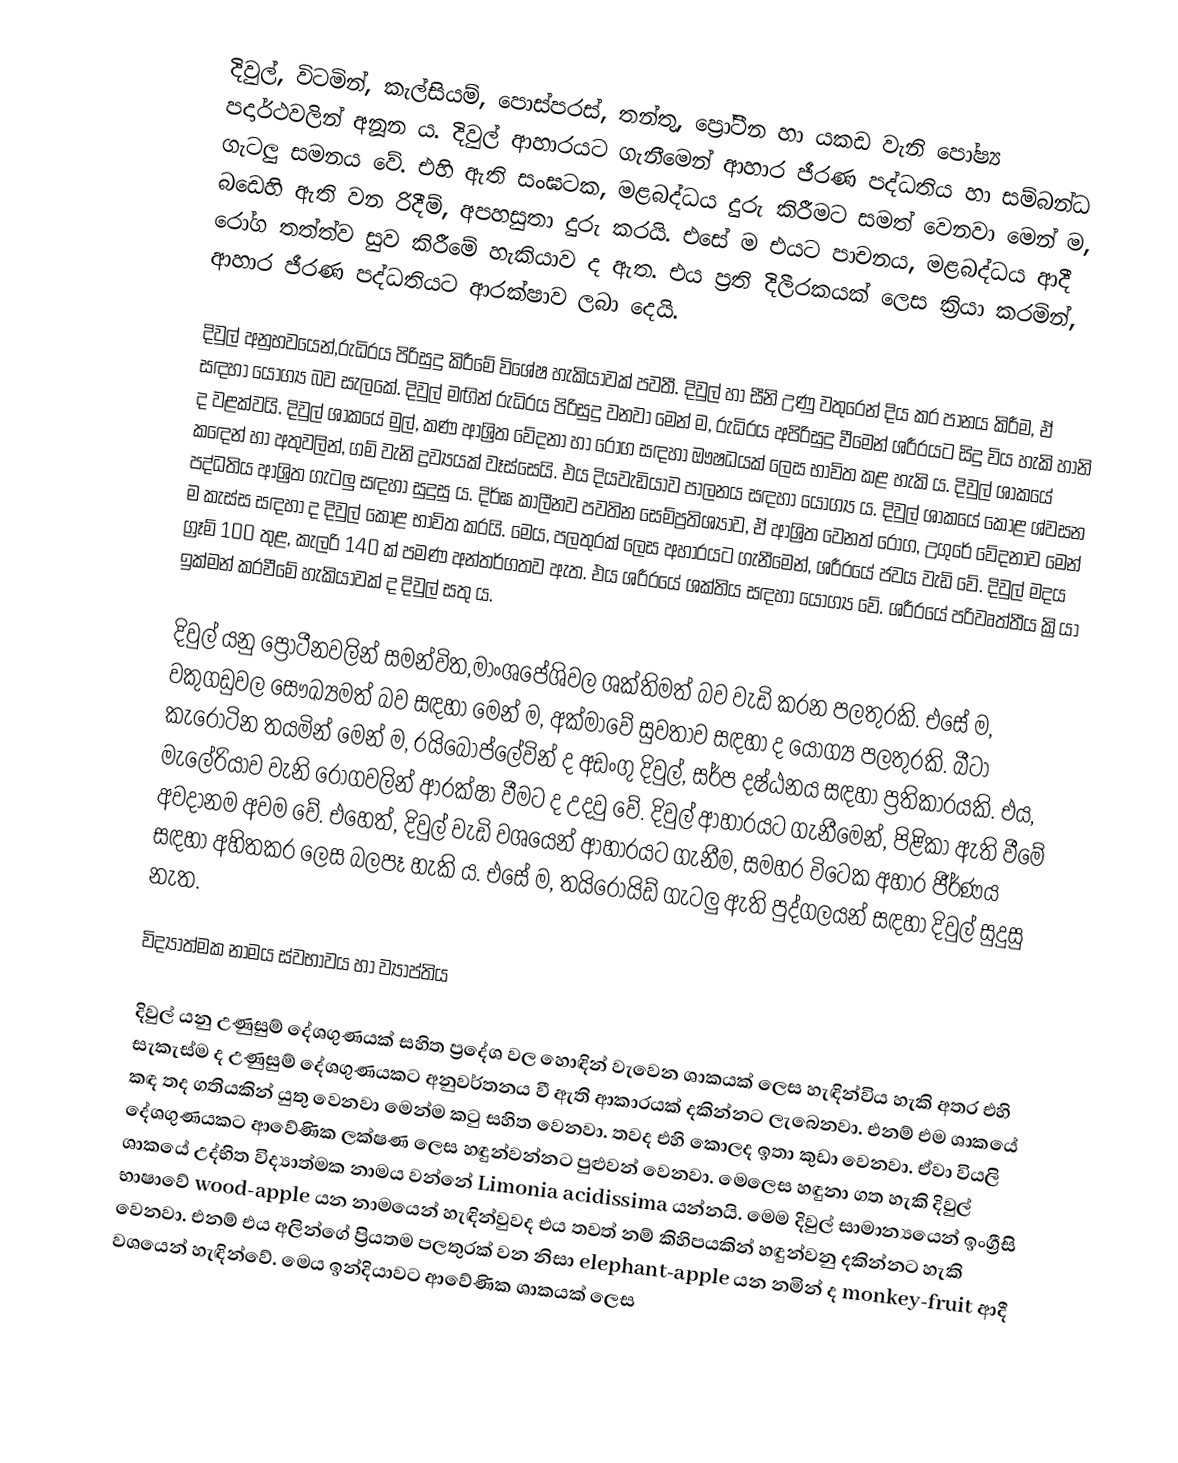
දිවුල්, විටමින්, කැල්සියම්, පොස්පරස්, තන්තු, ප්‍රෝටීන හා යකඩ වැනි පෝෂ්‍ය පදාර්ථවලින් අනූන ය. දිවුල් ආහාරයට ගැනීමෙන් ආහාර ජීරණ පද්ධතිය හා සම්බන්ධ ගැටලු සමනය වේ. එහි ඇති සංඝටක, මළබද්ධය දුරු කිරීමට සමත් වෙනවා මෙන් ම, බඩෙහි ඇති වන රිදීම්, අපහසුතා දුරු කරයි. එසේ ම එයට පාචනය, මළබද්ධය ආදී රෝග තත්ත්ව සුව කිරීමේ හැකියාව ද ඇත. එය ප්‍රති දිලීරකයක් ලෙස ක්‍රියා කරමින්, ආහාර ජීරණ පද්ධතියට ආරක්ෂාව ලබා දෙයි.

දිවුල් අනුභවයෙන්,රුධිරය පිරිසුදු කිරීමේ විශේෂ හැකියාවක් පවතී. දිවුල් හා සීනි උණු වතුරෙන් දිය කර පානය කිරීම, ඒ සඳහා යෝග්‍ය බව සැලකේ. දිවුල් මඟින් රුධිරය පිරිසුදු වනවා මෙන් ම, රුධිරය අපිරිසුදු වීමෙන් ශරීරයට සිදු විය හැකි හානි ද වළක්වයි. දිවුල් ශාකයේ මුල්, කණ ආශ්‍රිත වේදනා හා රෝග සඳහා ඖෂධයක් ලෙස භාවිත කළ හැකි ය. දිවුල් ශාකයේ කඳෙන් හා අතුවලින්, ගම් වැනි ද්‍රව්‍යයක් වෑස්සෙයි. එය දියවැඩියාව පාලනය සඳහා යෝග්‍ය ය. දිවුල් ශාකයේ කොළ ශ්වසන පද්ධතිය ආශ්‍රිත ගැටලු සඳහා සුදුසු ය. දිර්ඝ කාලීනව පවතින සෙම්ප්‍රතිශ්‍යාව, ඒ ආශ්‍රිත වෙනත් රෝග, උගුරේ වේදනාව මෙන් ම කැස්ස සඳහා ද දිවුල් කොළ භාවිත කරයි. මෙය, පලතුරක් ලෙස අහාරයට ගැනීමෙන්, ශරීරයේ ජවය වැඩි වේ. දිවුල් මදය ග්‍රෑම් 100 තුළ, කැලරි 140 ක් පමණ අන්තර්ගතව ඇත. එය ශරීරයේ ශක්තිය සඳහා යෝග්‍ය වේ. ශරීරයේ පරිවෘත්තීය ක්‍රියා ඉක්මන් කරවීමේ හැකියාවක් ද දිවුල් සතු ය.

දිවුල් යනු ප්‍රෝටීනවලින් සමන්විත,මාංශපේශිවල ශක්තිමත් බව වැඩි කරන පලතුරකි. එසේ ම, වකුගඩුවල සෞඛ්‍යමත් බව සඳහා මෙන් ම, අක්මාවේ සුවතාව සඳහා ද යෝග්‍ය පලතුරකි. බීටා කැරෝටින තයමින් මෙන් ම, රයිබෝප්ලේවින් ද අඩංගු දිවුල්, සර්ප දෂ්ඨනය සඳහා ප්‍රතිකාරයකි. එය, මැලේරියාව වැනි රෝගවලින් ආරක්ෂා වීමට ද උදවු වේ. දිවුල් ආහාරයට ගැනීමෙන්, පිළිකා ඇති වීමේ අවදානම අවම වේ. එහෙත්, දිවුල් වැඩි වශයෙන් ආහාරයට ගැනීම, සමහර විටෙක අහාර ජීර්ණය සඳහා අහිතකර ලෙස බලපෑ හැකි ය. එසේ ම, තයිරොයිඩ් ගැටලු ඇති පුද්ගලයන් සඳහා දිවුල් සුදුසු නැත.

විද්‍යාත්මක නාමය ස්වභාවය හා ව්‍යාප්තිය

දිවුල් යනු උණුසුම් දේශගුණයක් සහිත ප්‍රදේශ වල හොඳින් වැවෙන ශාකයක් ලෙස හැඳින්විය හැකි අතර එහි සැකැස්ම ද උණුසුම් දේශගුණයකට අනුවර්තනය වී ඇති ආකාරයක් දකින්නට ලැබෙනවා. එනම් එම ශාකයේ කඳ තද ගතියකින් යුතු වෙනවා මෙන්ම කටු සහිත වෙනවා. තවද එහි කොලද ඉතා කුඩා වෙනවා. ඒවා වියලි දේශගුණයකට ආවේණික ලක්ෂණ ලෙස හඳුන්වන්නට පුළුවන් වෙනවා. මෙලෙස හඳුනා ගත හැකි දිවුල් ශාකයේ උද්භිත විද්‍යාත්මක නාමය වන්නේ Limonia acidissima යන්නයි. මෙම දිවුල් සාමාන්‍යයෙන් ඉංග්‍රීසි භාෂාවේ wood-apple යන නාමයෙන් හැඳින්වුවද එය තවත් නම් කිහිපයකින් හඳුන්වනු දකින්නට හැකි වෙනවා. එනම් එය අලින්ගේ ප්‍රියතම පලතුරක් වන නිසා elephant-apple යන නමින් ද monkey-fruit ආදී වශයෙන් හැඳින්වේ. මෙය ඉන්දියාවට ආවේණික ශාකයක් ලෙස